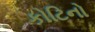
કોટિનો